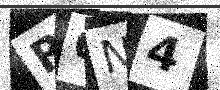
Text: R6N4